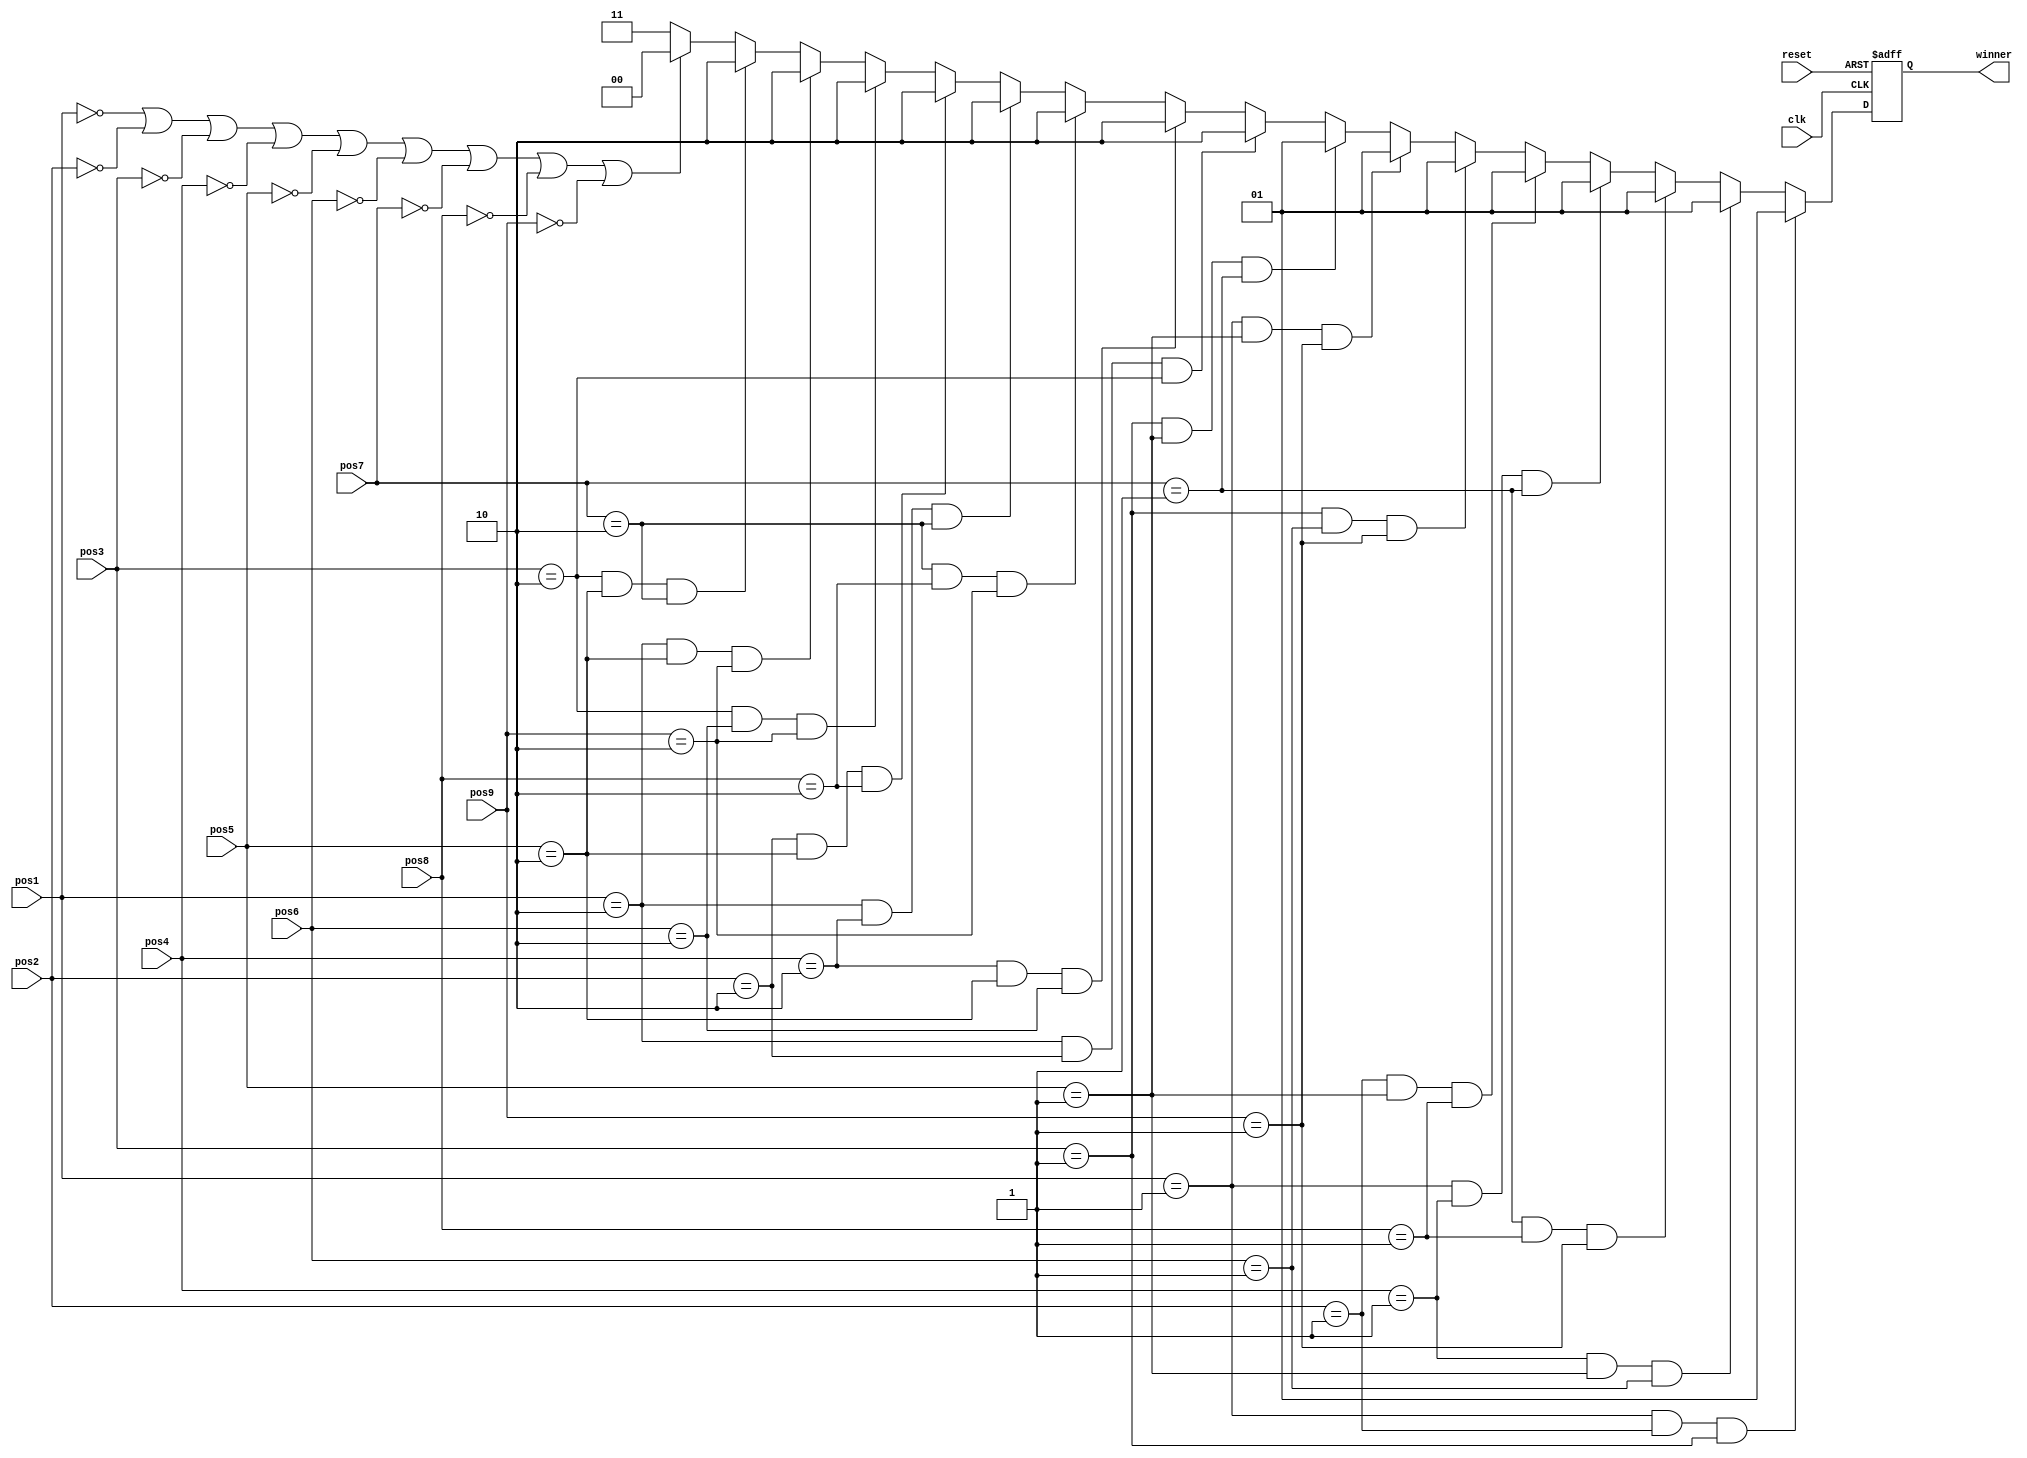
`timescale 1ns / 1ps
//////////////////////////////////////////////////////////////////////////////////
// Company: 
// Engineer: 
// 
// Design Name: 
// Module Name:    windetect 
// Project Name: 
// Target Devices: 
// Tool versions: 
// Description: 
//
// Dependencies: 
//
// Revision: 
// Revision 0.01 - File Created
// Additional Comments: 
//
//////////////////////////////////////////////////////////////////////////////////
module windetect(clk, reset, pos1,pos2,pos3,pos4,pos5,pos6,pos7,pos8,pos9, winner
    );
	 
	 input clk, reset;
	 input [1:0] pos1,pos2,pos3,pos4,pos5,pos6,pos7,pos8,pos9;
	 output reg [1:0] winner;
	 // 00: no winner continue
	 // 01: player 1 win
	 // 10: player 2 win
	 // 11: tie game
	 
	 
	 always @ (posedge clk or posedge reset) begin
		if (reset) begin
		  winner <= 2'b00;
		end
	   else if (pos1 == 2'b01 && pos2 == 2'b01 && pos3 == 2'b01) begin
		  winner <= 2'b01;
		end else if (pos4 == 2'b01 && pos5 == 2'b01 && pos6 == 2'b01) begin
		  winner <= 2'b01;
		end else if (pos7 == 2'b01 && pos8 == 2'b01 && pos9 == 2'b01) begin
		  winner <= 2'b01;
		end else if (pos1 == 2'b01 && pos4 == 2'b01 && pos7 == 2'b01) begin
		  winner <= 2'b01;
		end else if (pos2 == 2'b01 && pos5 == 2'b01 && pos8 == 2'b01) begin
		  winner <= 2'b01;
		end else if (pos3 == 2'b01 && pos6 == 2'b01 && pos9 == 2'b01) begin
		  winner <= 2'b01;
		end else if (pos1 == 2'b01 && pos5 == 2'b01 && pos9 == 2'b01) begin
		  winner <= 2'b01;
		end else if (pos3 == 2'b01 && pos5 == 2'b01 && pos7 == 2'b01) begin
		  winner <= 2'b01;
		end 
		
		
		else if (pos1 == 2'b10 && pos2 == 2'b10 && pos3 == 2'b10) begin
		  winner <= 2'b10;
		end else if (pos4 == 2'b10 && pos5 == 2'b10 && pos6 == 2'b10) begin
		  winner <= 2'b10;
		end else if (pos7 == 2'b10 && pos8 == 2'b10 && pos9 == 2'b10) begin
		  winner <= 2'b10;
		end else if (pos1 == 2'b10 && pos4 == 2'b10 && pos7 == 2'b10) begin
		  winner <= 2'b10;
		end else if (pos2 == 2'b10 && pos5 == 2'b10 && pos8 == 2'b10) begin
		  winner <= 2'b10;
		end else if (pos3 == 2'b10 && pos6 == 2'b10 && pos9 == 2'b10) begin
		  winner <= 2'b10;
		end else if (pos1 == 2'b10 && pos5 == 2'b10 && pos9 == 2'b10) begin
		  winner <= 2'b10;
		end else if (pos3 == 2'b10 && pos5 == 2'b10 && pos7 == 2'b10) begin
		  winner <= 2'b10;
		end else if (pos1 == 0||pos2 == 0||pos3 == 0||pos4 == 0||pos5 == 0||pos6 == 0||pos7 == 0||pos8 == 0||pos9 == 0)begin // no winner continue condition
		  winner <= 2'b00;
		  
		end else begin // tie condition
		  winner <= 2'b11;
		end
	 
	 
	 end // end always


endmodule